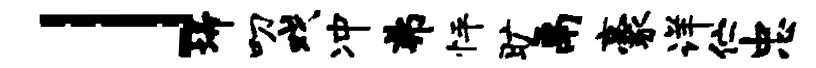
」埽叨戏冲弗怦旷鬲豪详伫忠